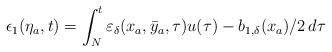
LaTeX: \begin{align*}\epsilon_1(\eta_a,t)= \int_{N}^{t} \varepsilon_\delta({x}_a,\bar{y}_a,\tau)u(\tau)-b_{1,\delta}(x_a)/2 \,d \tau\end{align*}